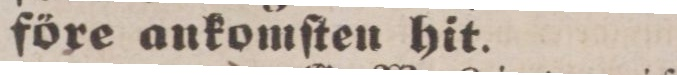
före ankomſten hit.